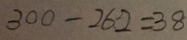
3 0 0 - 2 6 2 = 3 8